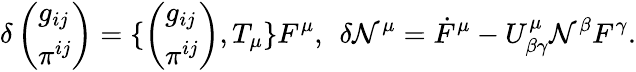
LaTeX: \delta\left(\begin{array}{l}{{g_{ij}}}\\ {{\pi^{ij}}}\end{array}\right)=\{ \left(\begin{array}{l}{{g_{ij}}}\\ {{\pi^{ij}}}\end{array}\right),T_{\mu}\} F^{\mu},\: \: \delta\mathcal{N}^{\mu}=\dot{{F}}^{\mu}-U_{\beta\gamma}^{\mu}\mathcal{N}^{\beta}F^{\gamma}.